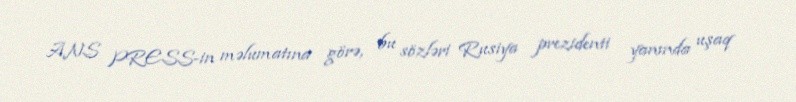
ANS PRESS-in məlumatına görə, bu sözləri Rusiya prezidenti yanında uşaq